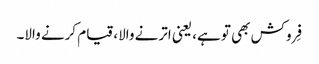
فِروکش بھی تو ہے، یعنی اترنے والا، قیام کرنے والا۔